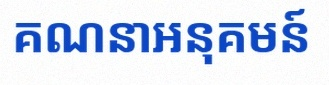
គណនាអនុគមន៍